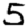
Digit: 5